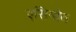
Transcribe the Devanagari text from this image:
एसिमोव